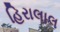
હિરાલાલ